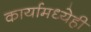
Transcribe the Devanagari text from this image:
कार्यामध्येही